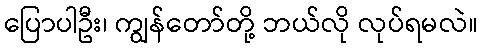
ပြောပါဦး၊ ကျွန်တော်တို့ ဘယ်လို လုပ်ရမလဲ။